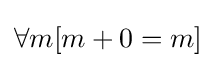
\forall m[m+0=m]